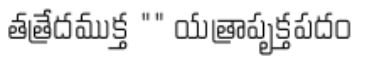
తత్రేదముక్త "" యత్రాపృక్తపదం